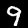
Digit: 9